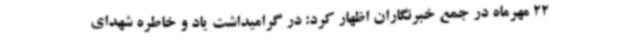
22 مهرماه در جمع خبرنگاران اظهار کرد: در گرامیداشت یاد و خاطره شهدای